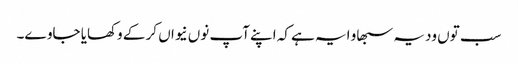
سب توں ودیہ سبھاو ایہ ہے کہ اپنے آپ نوں نیواں کر کے وکھایا جاوے۔